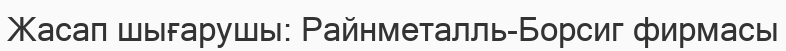
Жасап шығарушы: Райнметалль-Борсиг фирмасы